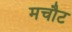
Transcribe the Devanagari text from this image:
मचौट